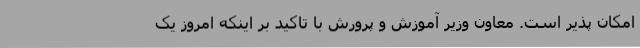
امکان پذیر است. معاون وزیر آموزش و پرورش با تاکید بر اینکه امروز یک